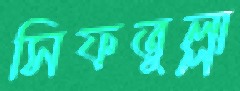
সিফতুল্লা